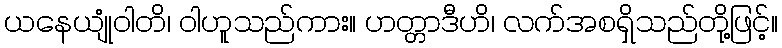
ယနေယျုံဝါတိ၊ ဝါဟူသည်ကား။ ဟတ္တာဒီဟိ၊ လက်အစရှိသည်တို့ဖြင့်။